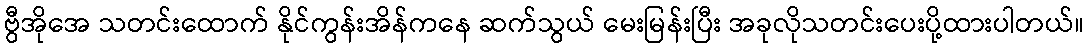
ဗွီအိုအေ သတင်းထောက် နိုင်ကွန်းအိန်ကနေ ဆက်သွယ် မေးမြန်းပြီး အခုလိုသတင်းပေးပို့ထားပါတယ်။